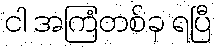
ငါ အကြံတစ်ခု ရပြီ